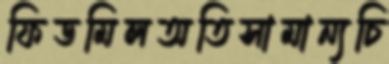
ফিডমিলঅতিসামান্যচি